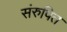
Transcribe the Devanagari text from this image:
संरुपित